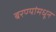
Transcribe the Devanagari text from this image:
बरण्यांमधून